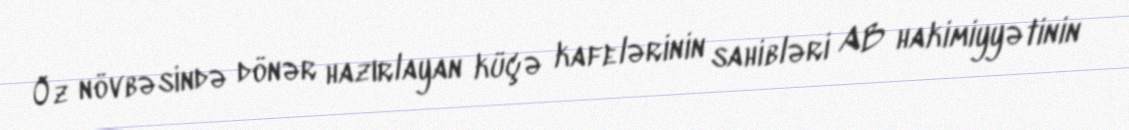
Öz növbəsində dönər hazırlayan küçə kafelərinin sahibləri AB hakimiyyətinin